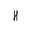
\nparallel